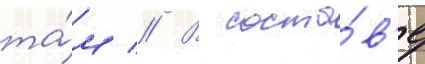
та́м // В соста́в'е